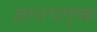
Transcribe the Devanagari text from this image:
ज्ञानचतुष्क